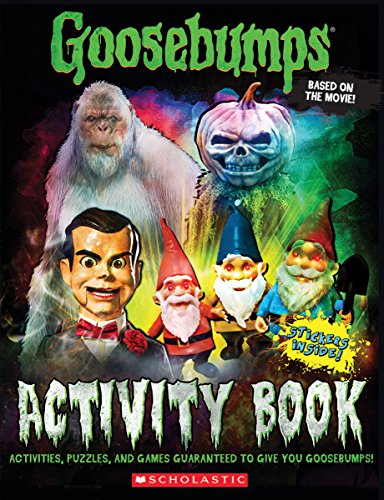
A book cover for Goosebumps the Movie: Activity Book with Stickers; Howie Dewin; Children's Books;